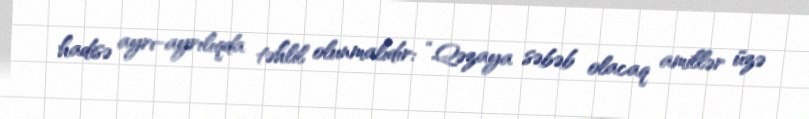
hadisə ayrı-ayrılıqda təhlil olunmalıdır: “Qəzaya səbəb olacaq amillər üzə